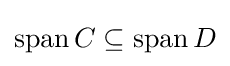
\operatorname {span} C\subseteq \operatorname {span} D